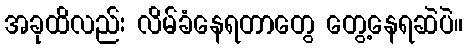
အခုထိလည်း လိမ်ခံနေရတာတွေ တွေ့နေရဆဲပဲ။